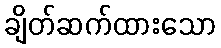
ချိတ်ဆက်ထားသော